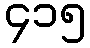
၄၁၅